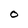
Character: 0